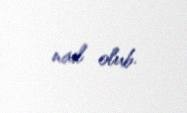
nail olub.